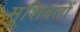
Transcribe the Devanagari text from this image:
मुशिबतों